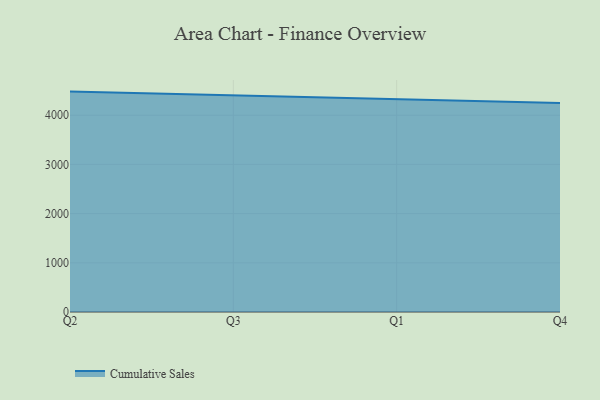
{"axis": {"x": "Quarter", "y": "Bounce Rate (%)"}, "legend": ["Cumulative Sales"], "data": [{"x": "Q2", "y": 4479.6, "type": "Cumulative Sales"}, {"x": "Q3", "y": 4403.6, "type": "Cumulative Sales"}, {"x": "Q1", "y": 4333.0, "type": "Cumulative Sales"}, {"x": "Q4", "y": 4249.0, "type": "Cumulative Sales"}]}